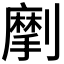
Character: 𠠒